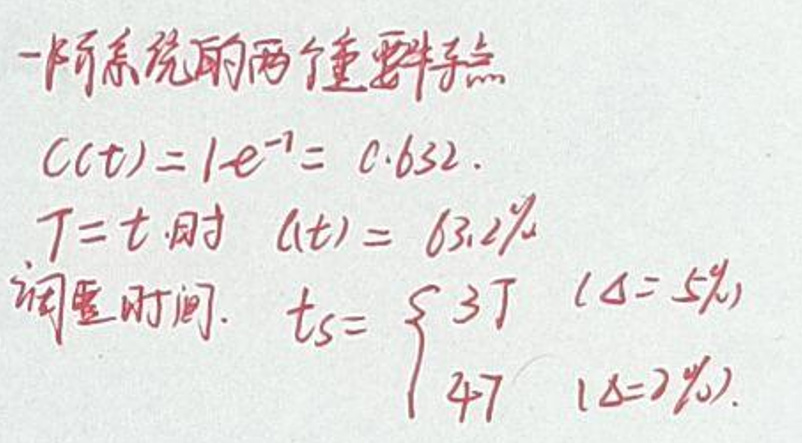
 一阶系统的两个重要参数：

\[C(t)=1 - e^{-1}=0.632\]

\[T = t \text{时 } a(t)=63.2\%\]

调节时间：

\[t_s=\begin{cases}
3T & (\Delta = 5\%)\\
4T & (\Delta = 2\%)
\end{cases}\]